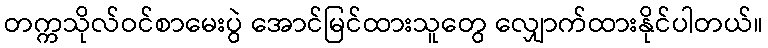
တက္ကသိုလ်ဝင်စာမေးပွဲ အောင်မြင်ထားသူတွေ လျှောက်ထားနိုင်ပါတယ်။